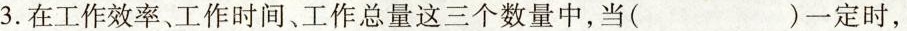
3.在工作效率、工作时间、工作总量这三个数量中，当( )一定时，